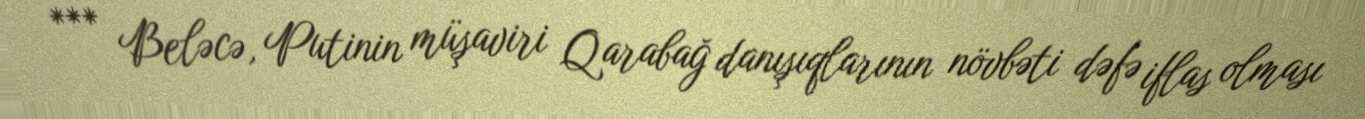
*** Beləcə, Putinin müşaviri Qarabağ danışıqlarının növbəti dəfə iflas olması